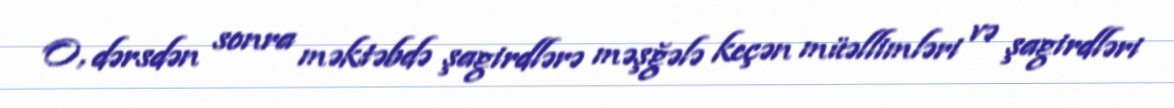
O, dərsdən sonra məktəbdə şagirdlərə məşğələ keçən müəllimləri və şagirdləri